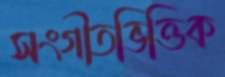
সংগীতভিত্তিক